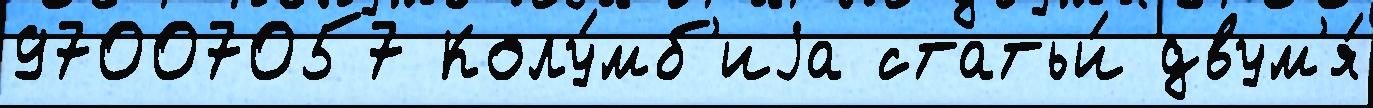
97007057 Колу́мб'иjа статьи́ двум'я́